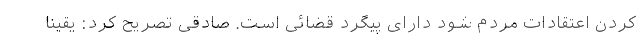
کردن اعتقادات مردم شود دارای پیگرد قضائی است. صادقی تصریح کرد: یقیناً